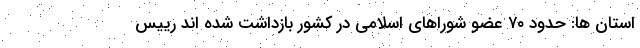
استان ها: حدود ۷۰ عضو شوراهای اسلامی در کشور بازداشت شده اند رییس